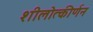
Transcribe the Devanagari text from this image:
शीलोत्कीर्णन